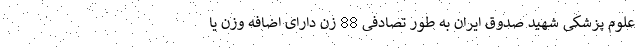
علوم پزشکی شهید صدوق ایران به طور تصادفی 88 زن دارای اضافه وزن یا